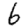
Digit: 6